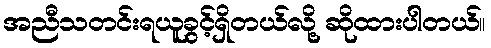
အညီသတင်းရယူခွင့်ရှိတယ်လို့ ဆိုထားပါတယ်။